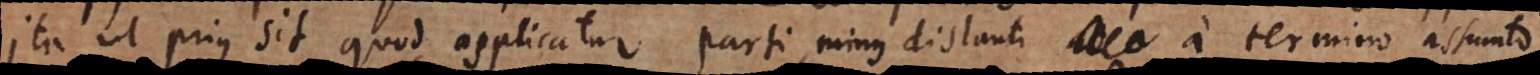
ita ut prius sit quod applicatur parti minus distanti a termino assumto.